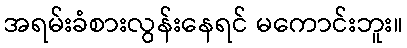
အရမ်းခံစားလွန်းနေရင် မကောင်းဘူး။